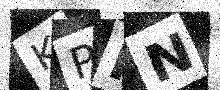
Text: KPIN